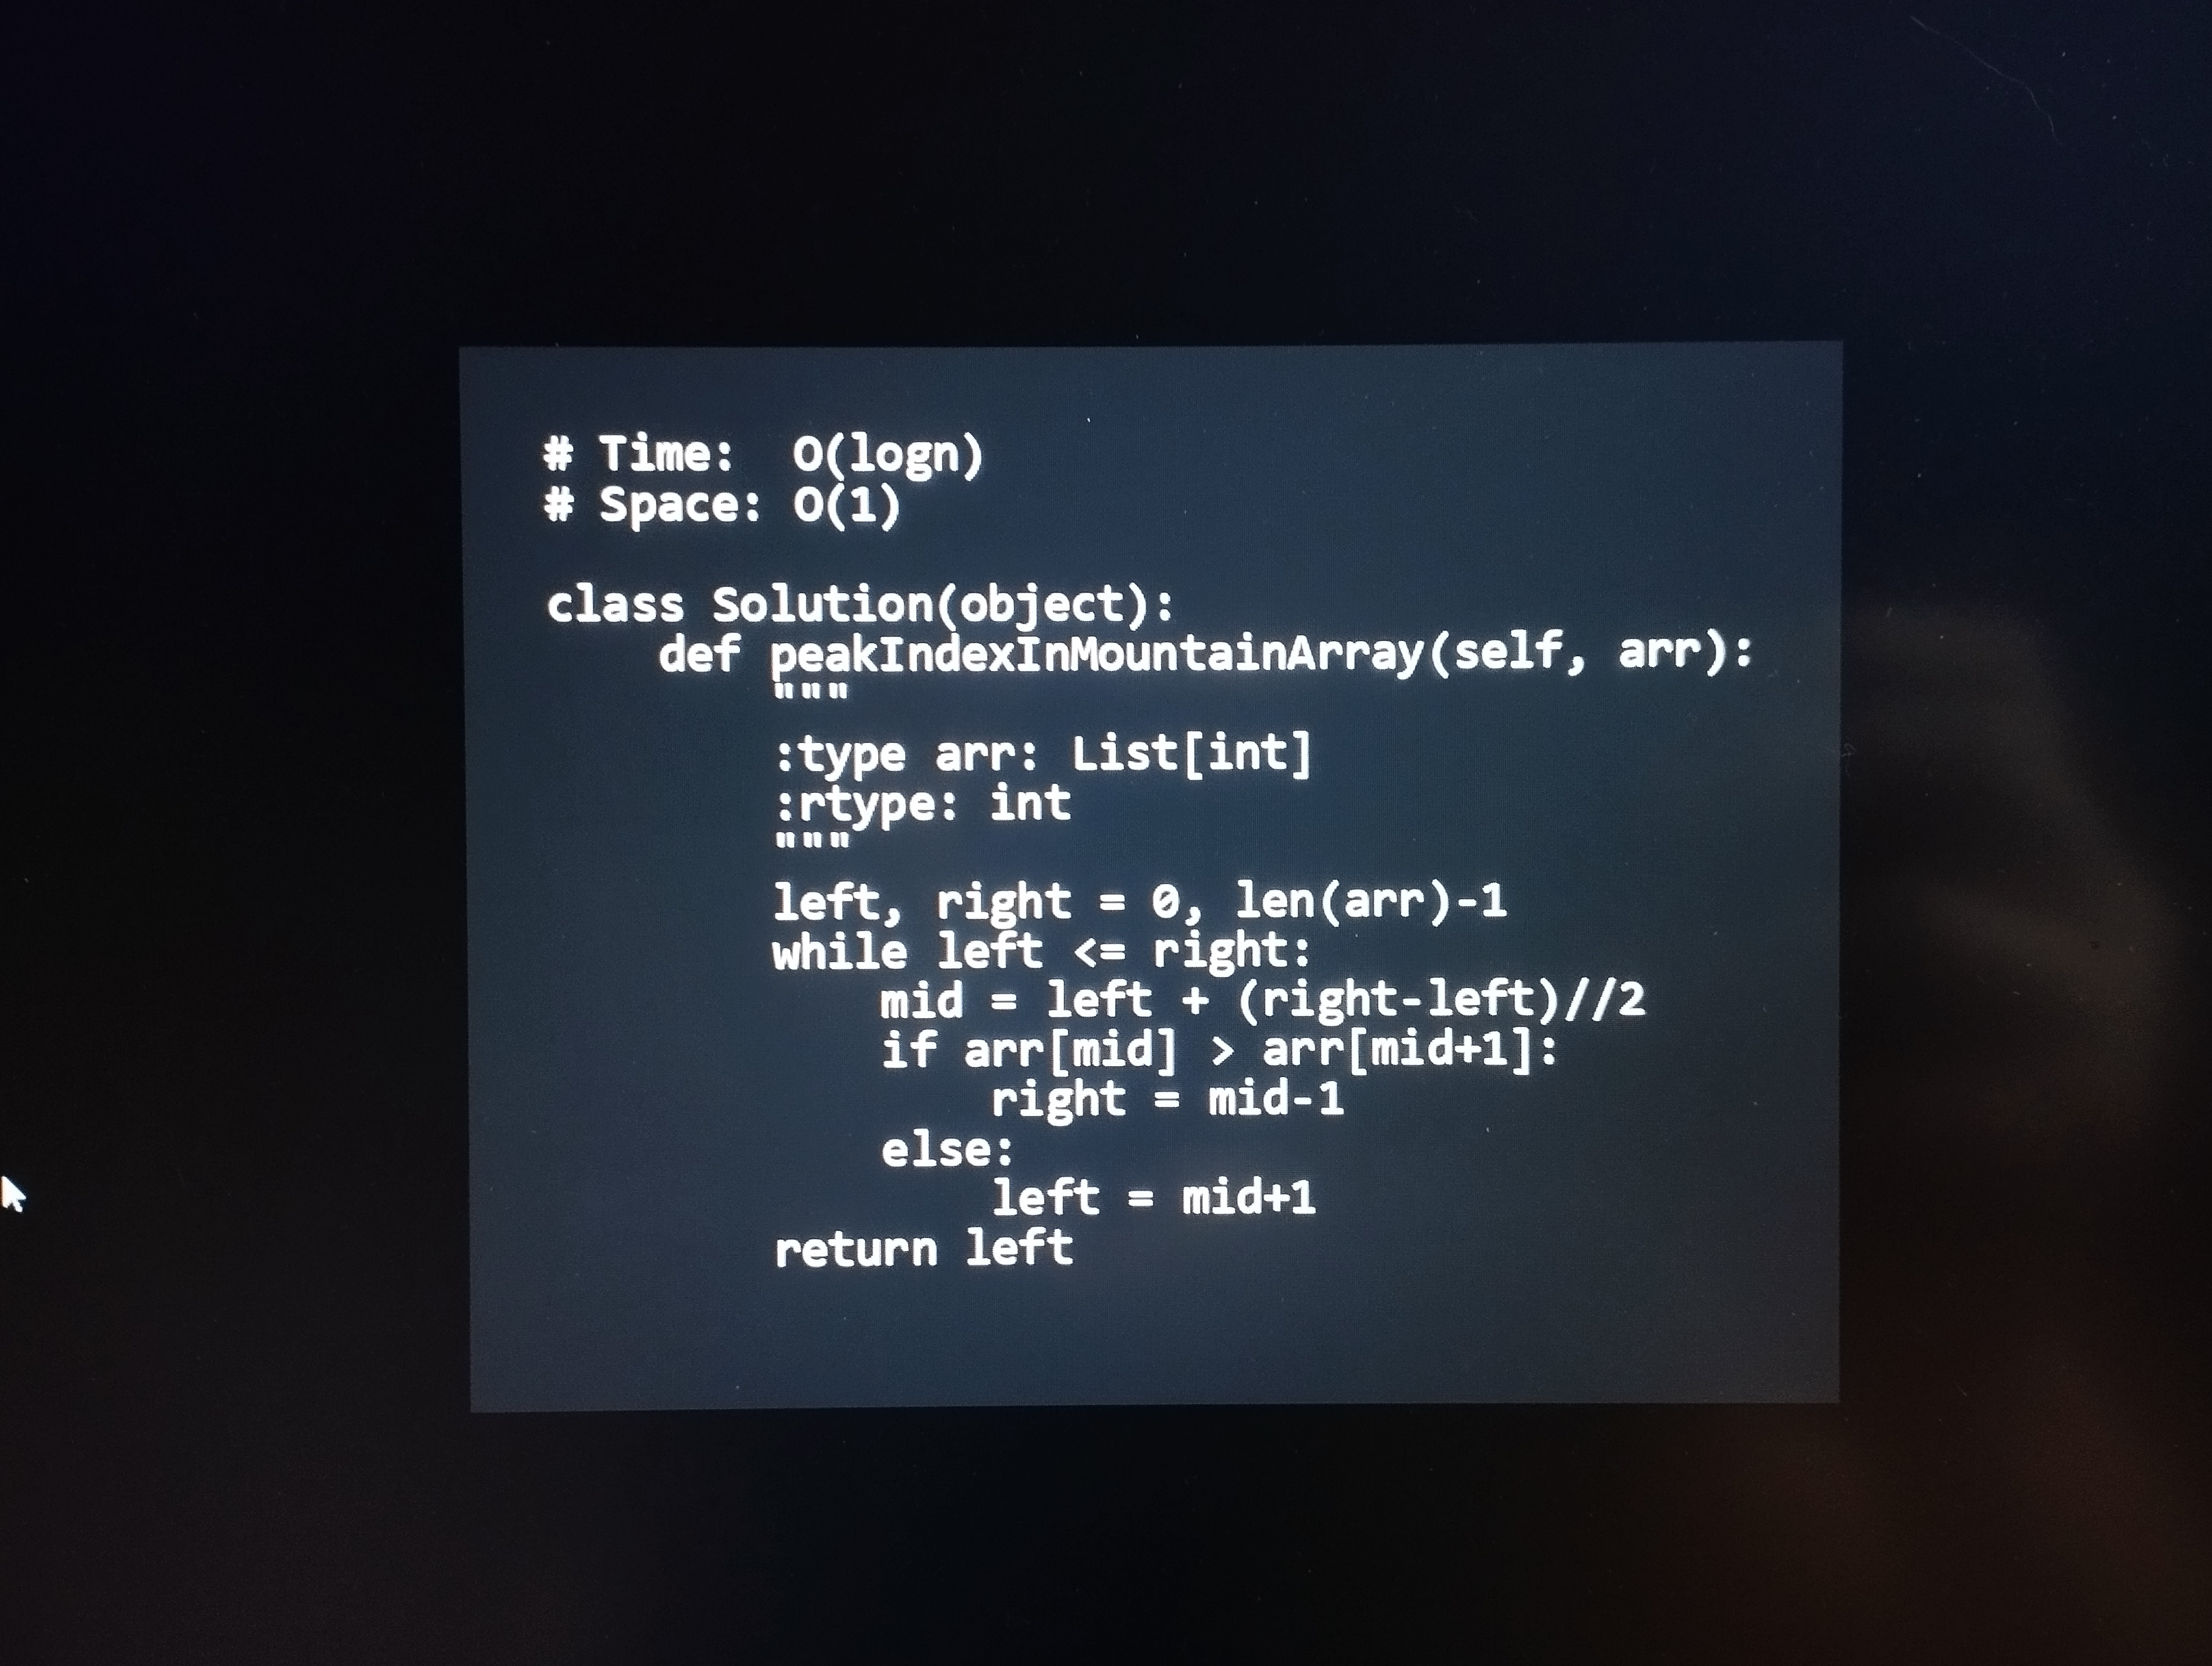
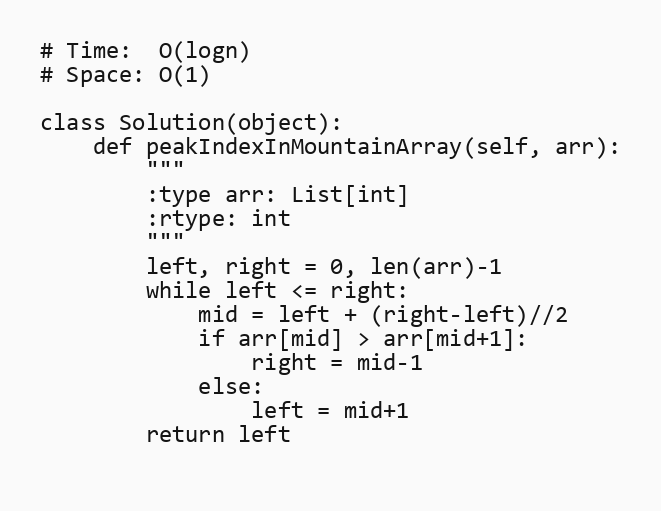
# Time:  O(logn)
# Space: O(1)

class Solution(object):
    def peakIndexInMountainArray(self, arr):
        """
        :type arr: List[int]
        :rtype: int
        """
        left, right = 0, len(arr)-1
        while left <= right:
            mid = left + (right-left)//2
            if arr[mid] > arr[mid+1]:
                right = mid-1
            else:
                left = mid+1
        return left